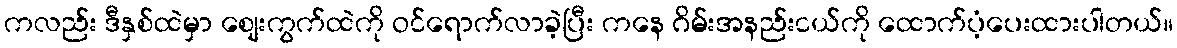
ကလည်း ဒီနှစ်ထဲမှာ စျေးကွက်ထဲကို ဝင်ရောက်လာခဲ့ပြီး ကနေ ဂိမ်းအနည်းငယ်ကို ထောက်ပံ့ပေးထားပါတယ်။